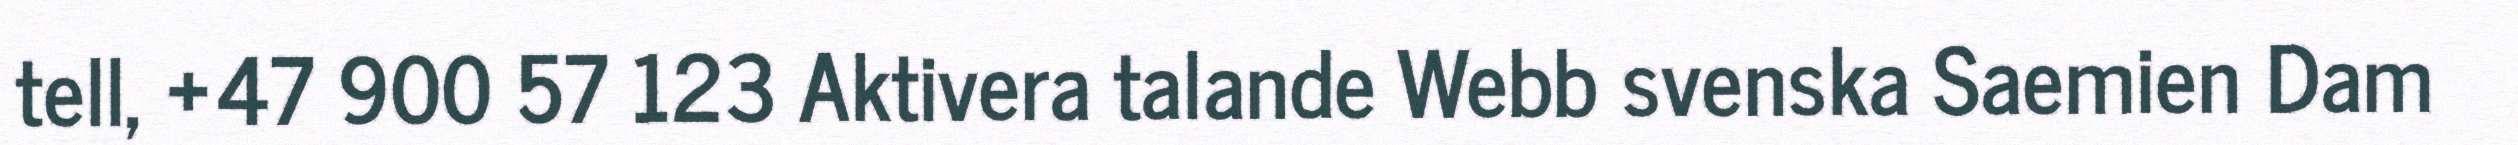
tell, +47 900 57 123 Aktivera talande Webb svenska Saemien Dam